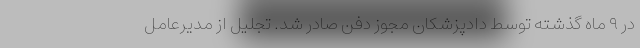
در ۹ ماه گذشته توسط دادپزشکان مجوز دفن صادر شد. تجلیل از مدیرعامل